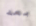
بعد